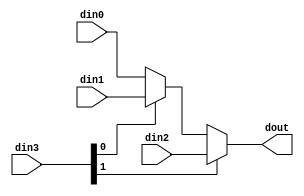
module CNN_mux_32_64_1_1 #(
parameter
    ID                = 0,
    NUM_STAGE         = 1,
    din0_WIDTH       = 32,
    din1_WIDTH       = 32,
    din2_WIDTH       = 32,
    din3_WIDTH         = 32,
    dout_WIDTH            = 32
)(
    input  [63 : 0]     din0,
    input  [63 : 0]     din1,
    input  [63 : 0]     din2,
    input  [1 : 0]    din3,
    output [63 : 0]   dout);

// puts internal signals
wire [1 : 0]     sel;
// level 1 signals
wire [63 : 0]         mux_1_0;
wire [63 : 0]         mux_1_1;
// level 2 signals
wire [63 : 0]         mux_2_0;

assign sel = din3;

// Generate level 1 logic
assign mux_1_0 = (sel[0] == 0)? din0 : din1;
assign mux_1_1 = din2;

// Generate level 2 logic
assign mux_2_0 = (sel[1] == 0)? mux_1_0 : mux_1_1;

// output logic
assign dout = mux_2_0;

endmodule